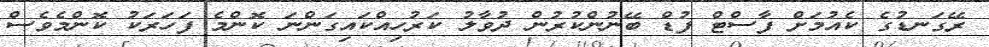
ރޭގަނޑުގެ ކެއުމަށް ފާސްޓް ފުޑް ބޭނުންކުރުން ދުވާލު ކަރުހިއްކައިގަންނަ ކޮންމެ ފަހަރަކު ކޮންމެވެސް